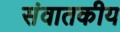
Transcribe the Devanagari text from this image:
संवातकीय